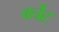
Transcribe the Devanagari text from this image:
बर्चेट